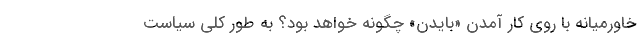
خاورمیانه با روی کار آمدن «بایدن» چگونه خواهد بود؟ به طور کلی سیاست